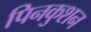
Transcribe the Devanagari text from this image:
पिनकुशन